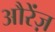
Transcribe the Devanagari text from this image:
औरेंज़